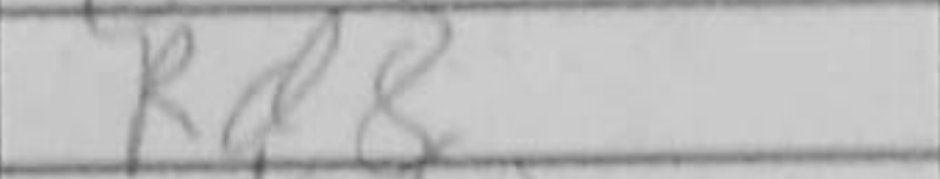
Transcription: Rd8